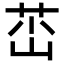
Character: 𡷺